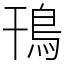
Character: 鳱